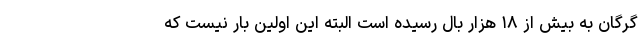
گرگان به بیش از ۱۸ هزار بال رسیده است البته این اولین بار نیست که